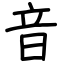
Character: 音